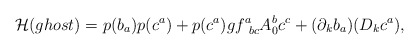
\begin{align*}{\cal H} (ghost) = p(b_a) p(c^a) + p(c^a) g f^a_{\ bc} A_0^b c^c+ (\partial_k b_a) (D_k c^a),\end{align*}